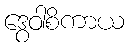
ဒွေဝါစိကာယ